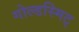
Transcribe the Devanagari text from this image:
गोल्डस्मिट्